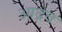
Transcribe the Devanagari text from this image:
आद्रव